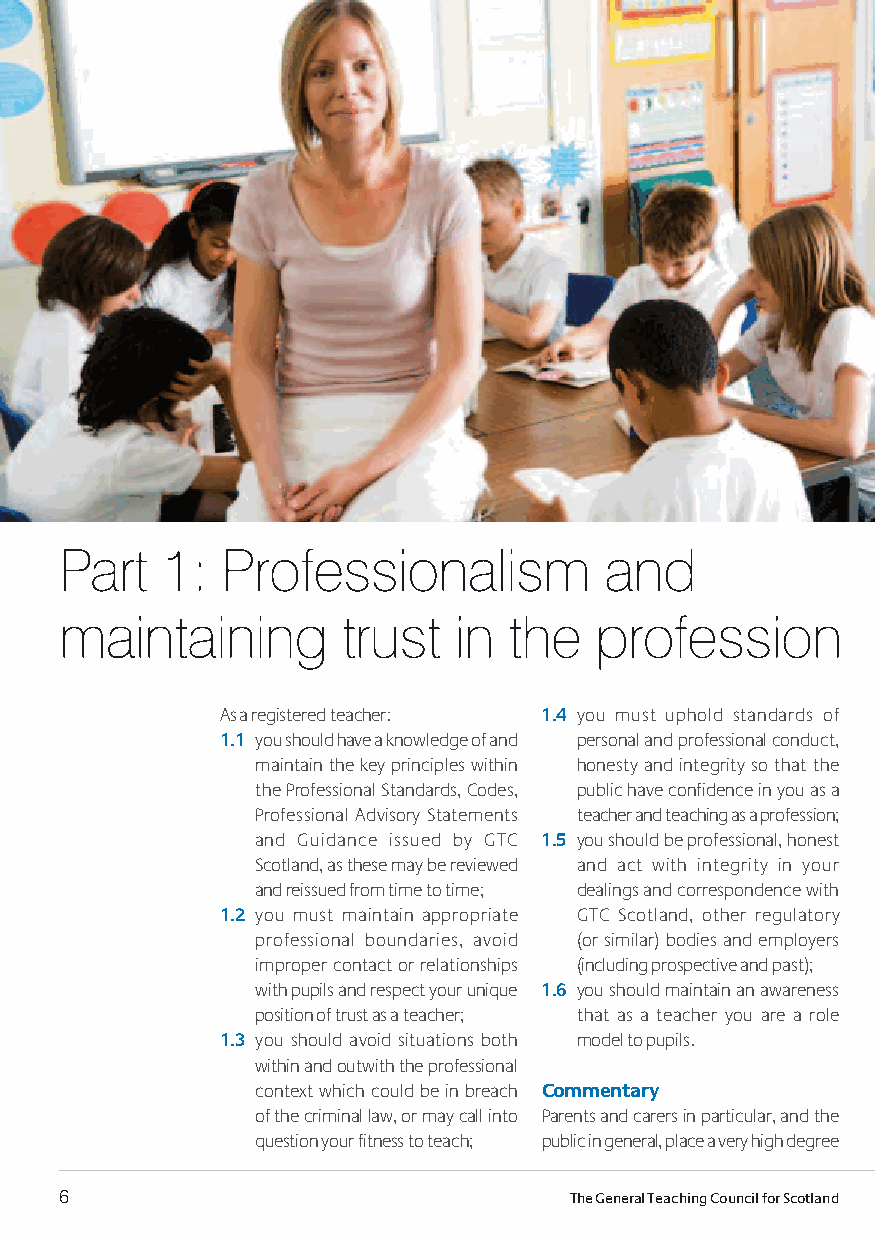
Part   1:  Professionalism          and
 maintaining        trust  in  the  profession
 as a registered teacher: 1.4 you must uphold standards of
 1.1 you should have a knowledge of and personal and professional conduct,
 maintain the key principles within honesty and integrity so that the
 the professional Standards, codes, public have confidence in you as a
 professional advisory Statements teacher and teaching as a profession;
 and Guidance issued by GTc 1.5 you should be professional, honest
 Scotland, as these may be reviewed and act with integrity in your
 and reissued from time to time; dealings and correspondence with
 1.2 you must maintain appropriate GTc Scotland, other regulatory
 professional boundaries, avoid (or similar) bodies and employers
 improper contact or relationships (including prospective and past);
 with pupils and respect your unique 1.6 you should maintain an awareness
 position of trust as a teacher; that as a teacher you are a role
 1.3 you should avoid situations both model to pupils.
 within and outwith the professional
 context which could be in breach Commentary
 of the criminal law, or may call into parents and carers in particular, and the
 question your fitness to teach; public in general, place a very high degree
 6                                 The General Teaching Council for Scotland